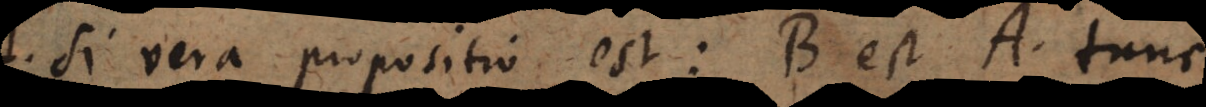
. Si vera propositio est B est A, tunc